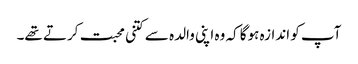
آپ کو اندازہ ہوگا کہ وہ اپنی والدہ سے کتنی محبت کرتے تھے۔